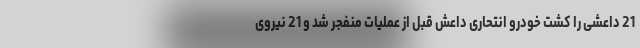
21 داعشی را کشت خودرو انتحاری داعش قبل از عملیات منفجر شد و 21 نیروی